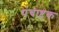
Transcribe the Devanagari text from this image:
पंचाष्टक